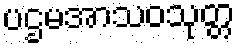
ပဌမအာသဝသုတ္တ